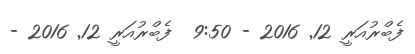
ފެބްރުއަރީ 12